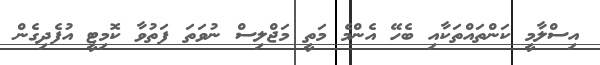
އިސްލާމީ ކަންތައްތަކާއި ބެހޭ އެންމެ މަތީ މަޖްލިސް ނުވަތަ ފަތުވާ ކޮމިޓީ އުފެދިގެން